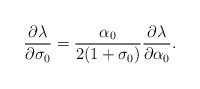
\begin{align*}\frac{\partial\lambda}{\partial\sigma_0}=\frac{\alpha_0}{2(1+\sigma_0)}\frac{\partial\lambda}{\partial\alpha_0}.\end{align*}